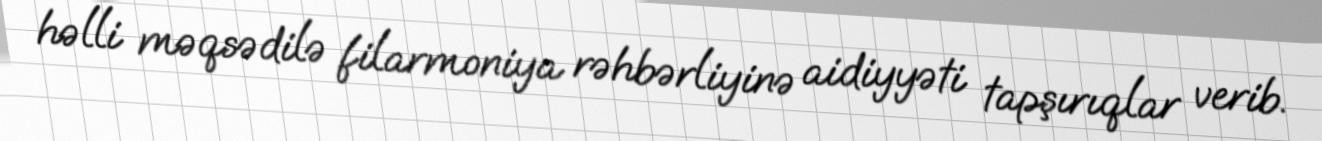
həlli məqsədilə filarmoniya rəhbərliyinə aidiyyəti tapşırıqlar verib.